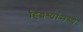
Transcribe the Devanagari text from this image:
हिश्श्यांमध्ये